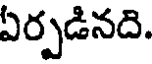
ఏర్పడినది.